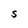
Character: S